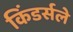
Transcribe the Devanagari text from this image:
किंडर्सले